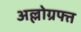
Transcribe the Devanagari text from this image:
अल्लोग्रफ्त